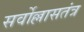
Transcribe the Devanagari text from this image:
सर्वोल्लासतंत्र